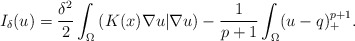
\begin{align*}I_\delta(u)=\frac{\delta^2}{2}\int_{\Omega}\left( K(x)\nabla u|\nabla u\right)-\frac{1}{p+1}\int_{\Omega}(u-q)^{p+1}_+.\end{align*}